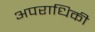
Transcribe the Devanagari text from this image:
अपराधिकी